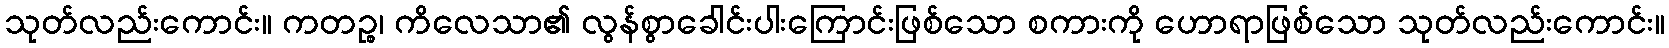
သုတ်လည်းကောင်း။ ကတဉ္စ၊ ကိလေသာ၏ လွန်စွာခေါင်းပါးကြောင်းဖြစ်သော စကားကို ဟောရာဖြစ်သော သုတ်လည်းကောင်း။